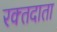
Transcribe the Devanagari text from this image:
रक्‍तदाता